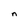
Character: n